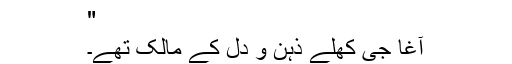
"
آغا جی کھلے ذہن و دل کے مالک تھے۔